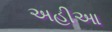
અહીઆ